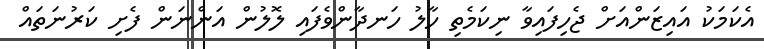
އެކަމަކު އައިޒަންއަށް ޖެހިފައިވާ ނިކަމެތި ހާލު ހަނދާންވެފައި ލޮލުން އަންނަން ފެށި ކަރުނަތައް